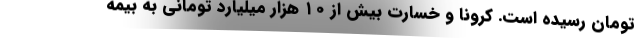
تومان رسیده است. کرونا و خسارت بیش از ۱۰ هزار میلیارد تومانی به بیمه